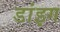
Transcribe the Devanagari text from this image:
डांइग